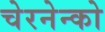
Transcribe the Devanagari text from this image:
चेरनेन्को